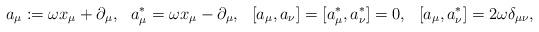
LaTeX: \begin{align*}a_\mu &:= \omega x_\mu + \partial_\mu , & a_\mu^* &= \omega x_\mu - \partial_\mu , & [a_\mu,a_\nu]=[a_\mu^*,a_\nu^*] &= 0 , & [a_\mu,a_\nu^*] &= 2 \omega \delta_{\mu\nu} ,\end{align*}